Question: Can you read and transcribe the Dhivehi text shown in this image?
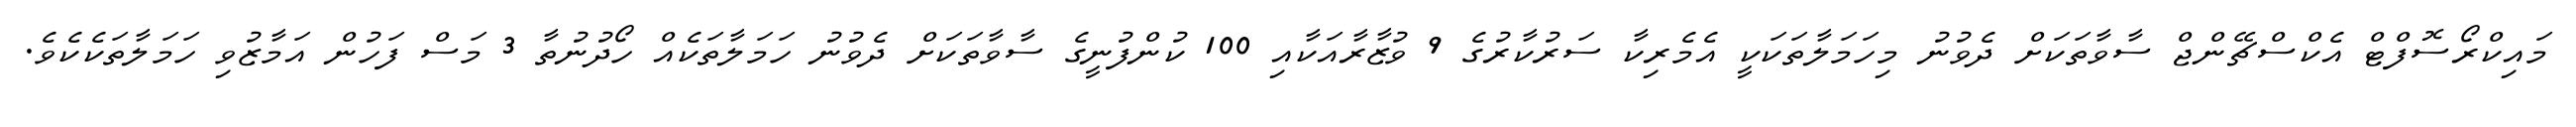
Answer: މައިކްރޯސޮފްޓް އެކްސްޗޭންޖް ސާވާތަކަށް ދެވުނު މިހަމަލާތަކަކީ އެމެރިކާ ސަރުކާރުގެ 9 ވުޒާރާއަކާއި 100 ކުންފުނީގެ ސާވާތަކަށް ދެވުނު ހަމަލާތަކެއް ހޯދުނުތާ 3 މަސް ފަހުން އަމާޒުވި ހަމަލާތަކެކެވެ.